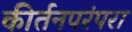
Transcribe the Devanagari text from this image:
कीर्तनपरंपरा